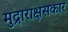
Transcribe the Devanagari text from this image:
मुद्राराक्षसकार